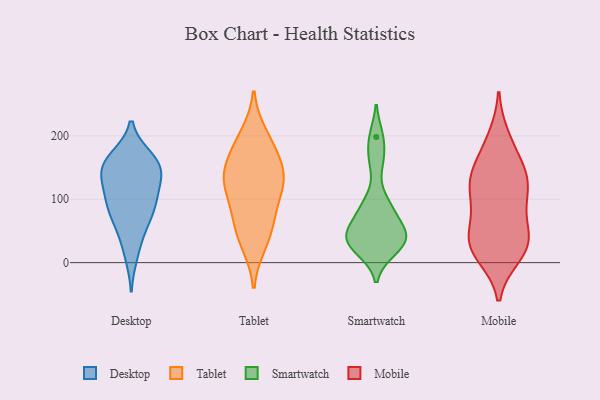
{"axis": {"x": "Headcount", "y": "Value"}, "legend": ["Desktop", "Mobile", "Smartwatch", "Tablet"], "data": [{"x": "", "y": 149, "type": "Desktop"}, {"x": "", "y": 165, "type": "Desktop"}, {"x": "", "y": 95, "type": "Desktop"}, {"x": "", "y": 123, "type": "Desktop"}, {"x": "", "y": 154, "type": "Desktop"}, {"x": "", "y": 163, "type": "Desktop"}, {"x": "", "y": 67, "type": "Desktop"}, {"x": "", "y": 43, "type": "Desktop"}, {"x": "", "y": 82, "type": "Desktop"}, {"x": "", "y": 149, "type": "Desktop"}, {"x": "", "y": 12, "type": "Desktop"}, {"x": "", "y": 104, "type": "Desktop"}, {"x": "", "y": 150, "type": "Desktop"}, {"x": "", "y": 82, "type": "Desktop"}, {"x": "", "y": 123, "type": "Desktop"}, {"x": "", "y": 186, "type": "Tablet"}, {"x": "", "y": 134, "type": "Tablet"}, {"x": "", "y": 30, "type": "Tablet"}, {"x": "", "y": 140, "type": "Tablet"}, {"x": "", "y": 139, "type": "Tablet"}, {"x": "", "y": 200, "type": "Tablet"}, {"x": "", "y": 44, "type": "Tablet"}, {"x": "", "y": 116, "type": "Tablet"}, {"x": "", "y": 169, "type": "Tablet"}, {"x": "", "y": 79, "type": "Tablet"}, {"x": "", "y": 121, "type": "Tablet"}, {"x": "", "y": 69, "type": "Tablet"}, {"x": "", "y": 88, "type": "Smartwatch"}, {"x": "", "y": 55, "type": "Smartwatch"}, {"x": "", "y": 89, "type": "Smartwatch"}, {"x": "", "y": 25, "type": "Smartwatch"}, {"x": "", "y": 42, "type": "Smartwatch"}, {"x": "", "y": 161, "type": "Smartwatch"}, {"x": "", "y": 46, "type": "Smartwatch"}, {"x": "", "y": 198, "type": "Smartwatch"}, {"x": "", "y": 20, "type": "Smartwatch"}, {"x": "", "y": 38, "type": "Smartwatch"}, {"x": "", "y": 12, "type": "Mobile"}, {"x": "", "y": 149, "type": "Mobile"}, {"x": "", "y": 44, "type": "Mobile"}, {"x": "", "y": 128, "type": "Mobile"}, {"x": "", "y": 103, "type": "Mobile"}, {"x": "", "y": 18, "type": "Mobile"}, {"x": "", "y": 42, "type": "Mobile"}, {"x": "", "y": 36, "type": "Mobile"}, {"x": "", "y": 34, "type": "Mobile"}, {"x": "", "y": 109, "type": "Mobile"}, {"x": "", "y": 11, "type": "Mobile"}, {"x": "", "y": 89, "type": "Mobile"}, {"x": "", "y": 40, "type": "Mobile"}, {"x": "", "y": 198, "type": "Mobile"}, {"x": "", "y": 140, "type": "Mobile"}, {"x": "", "y": 140, "type": "Mobile"}, {"x": "", "y": 142, "type": "Mobile"}, {"x": "", "y": 93, "type": "Mobile"}, {"x": "", "y": 188, "type": "Mobile"}]}